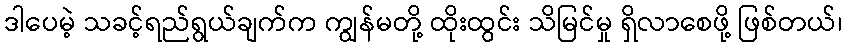
ဒါပေမဲ့ သခင့်ရည်ရွယ်ချက်က ကျွန်မတို့ ထိုးထွင်း သိမြင်မှု ရှိလာစေဖို့ ဖြစ်တယ်၊